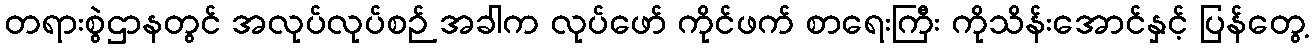
တရားစွဲဌာနတွင် အလုပ်လုပ်စဉ် အခါက လုပ်ဖော် ကိုင်ဖက် စာရေးကြီး ကိုသိန်းအောင်နှင့် ပြန်တွေ့